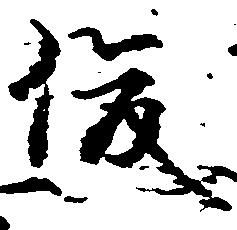
俊